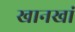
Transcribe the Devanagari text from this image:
खानखां